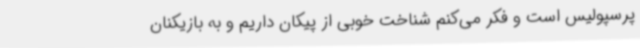
پرسپولیس است و فکر می‌کنم شناخت خوبی از پیکان داریم و به بازیکنان